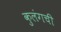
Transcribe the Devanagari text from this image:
कुलंगची